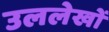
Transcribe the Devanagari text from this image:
उललेखों